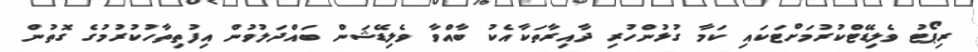
ރިޕޯޓު ވެލިޑޭޓްކުރުމަށްޓަކައި ކަމާ ގުޅުންހުރި ދާއިރާތަކާއެކު ބާއްވާ ވެލިޑޭޝަން ބައްދަލުވުން އިފުތިތާހުކުރުމުގެ ގޮތުން